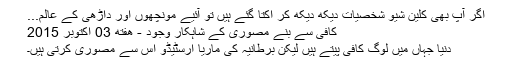
اگر آپ بھی کلین شیو شخصیات دیکھ دیکھ کر اکتا گئے ہیں تو آئیے مونچھوں اور داڑھی کے عالم...
کافی سے بنے مصوری کے شاہکار وجود - هفته 03 اکتوبر 2015
دنیا جہاں میں لوگ کافی پیتے ہیں لیکن برطانیہ کی ماریا ارسٹیڈو اس سے مصوری کرتی ہیں۔